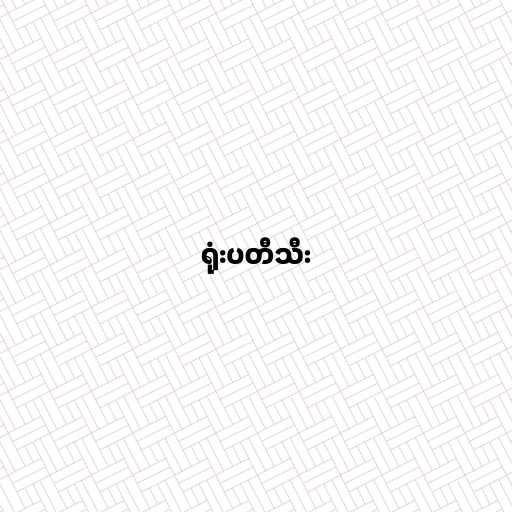
ရုံးပတီသီး